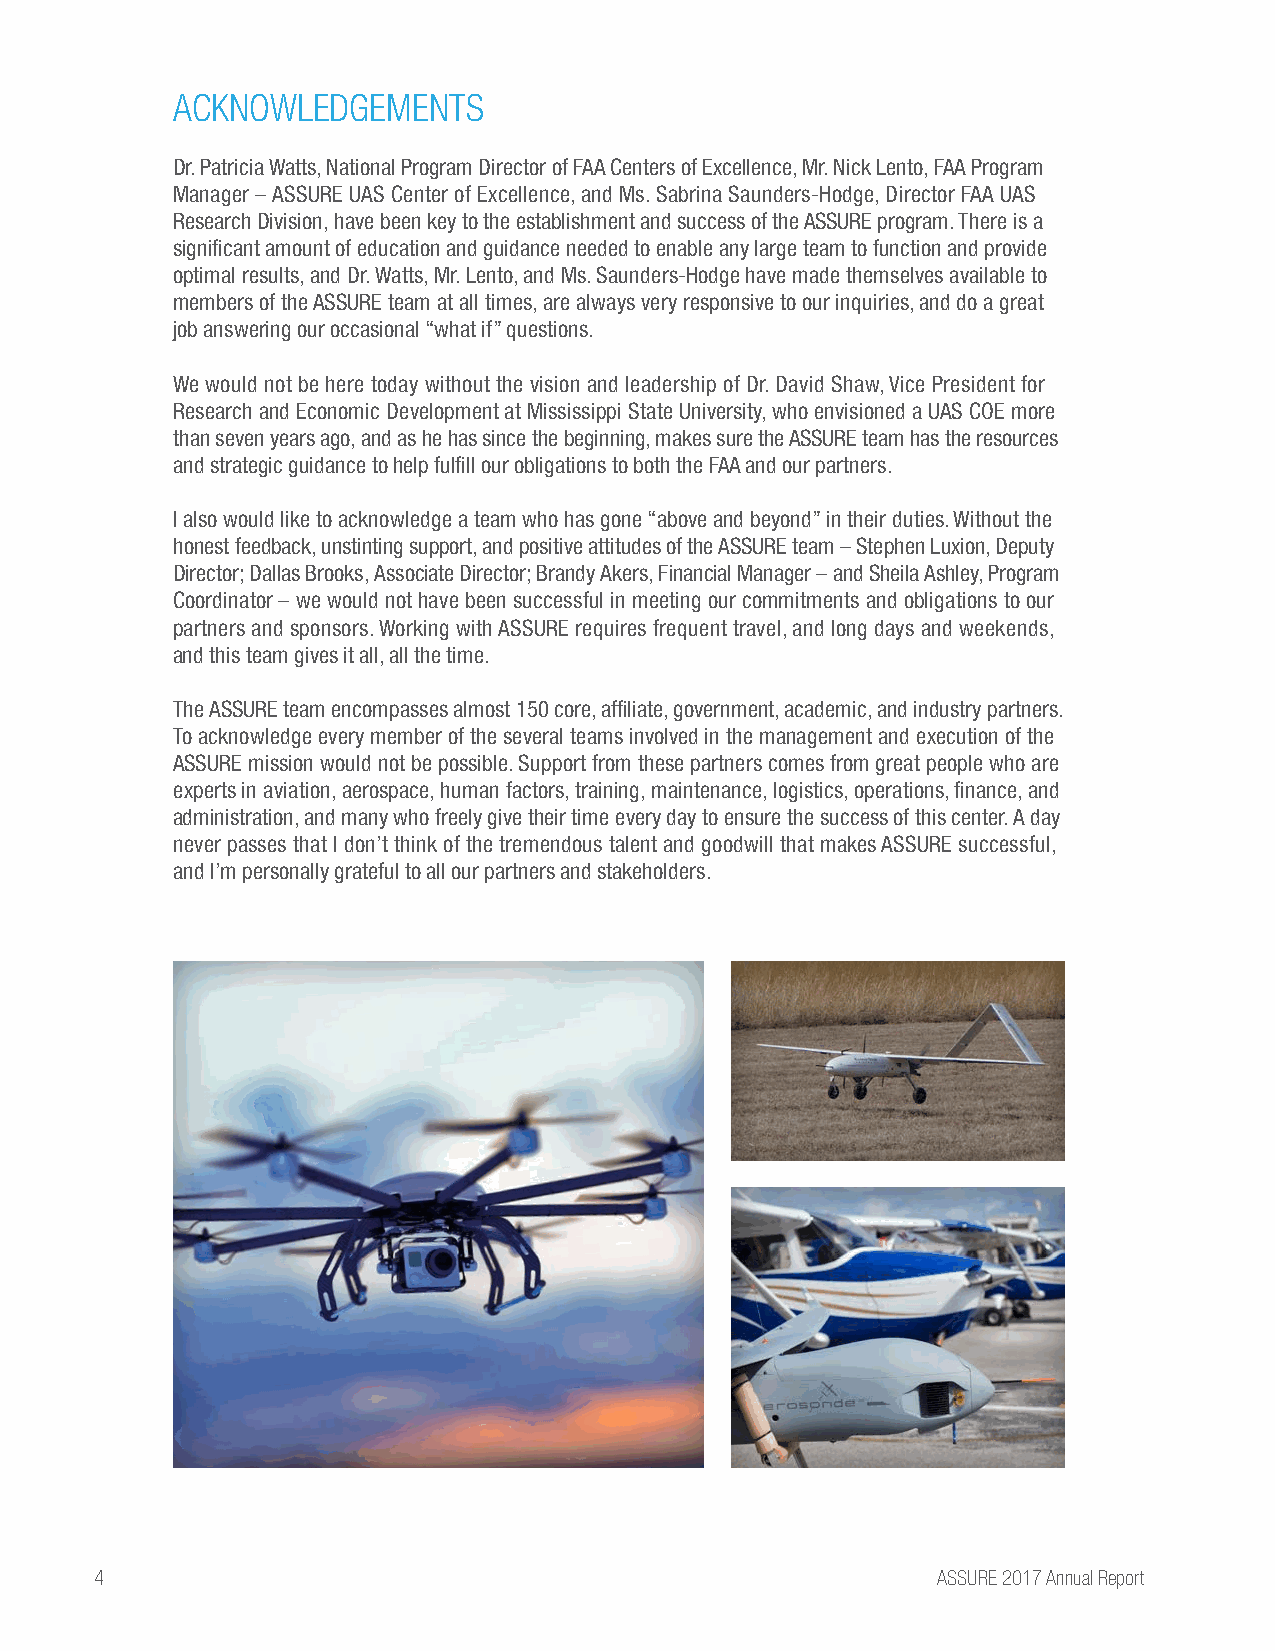
ACKNOWLEDGEMENTS
 Dr. Patricia Watts, National Program Director of FAA Centers of Excellence, Mr. Nick Lento, FAA Program
 Manager – ASSURE UAS Center of Excellence, and Ms. Sabrina Saunders-Hodge, Director FAA UAS
 Research Division, have been key to the establishment and success of the ASSURE program. There is a
 significant amount of education and guidance needed to enable any large team to function and provide
 optimal results, and Dr. Watts, Mr. Lento, and Ms. Saunders-Hodge have made themselves available to
 members of the ASSURE team at all times, are always very responsive to our inquiries, and do a great
 job answering our occasional “what if” questions.
 We would not be here today without the vision and leadership of Dr. David Shaw, Vice President for
 Research and Economic Development at Mississippi State University, who envisioned a UAS COE more
 than seven years ago, and as he has since the beginning, makes sure the ASSURE team has the resources
 and strategic guidance to help fulfill our obligations to both the FAA and our partners.
 I also would like to acknowledge a team who has gone “above and beyond” in their duties. Without the
 honest feedback, unstinting support, and positive attitudes of the ASSURE team – Stephen Luxion, Deputy
 Director; Dallas Brooks, Associate Director; Brandy Akers, Financial Manager – and Sheila Ashley, Program
 Coordinator – we would not have been successful in meeting our commitments and obligations to our
 partners and sponsors. Working with ASSURE requires frequent travel, and long days and weekends,
 and this team gives it all, all the time.
 The ASSURE team encompasses almost 150 core, affiliate, government, academic, and industry partners.
 To acknowledge every member of the several teams involved in the management and execution of the
 ASSURE mission would not be possible. Support from these partners comes from great people who are
 experts in aviation, aerospace, human factors, training, maintenance, logistics, operations, finance, and
 administration, and many who freely give their time every day to ensure the success of this center. A day
 never passes that I don’t think of the tremendous talent and goodwill that makes ASSURE successful,
 and I’m personally grateful to all our partners and stakeholders.
 4                                                       ASSURE 2017 Annual Report